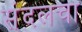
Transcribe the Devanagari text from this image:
संदलचा